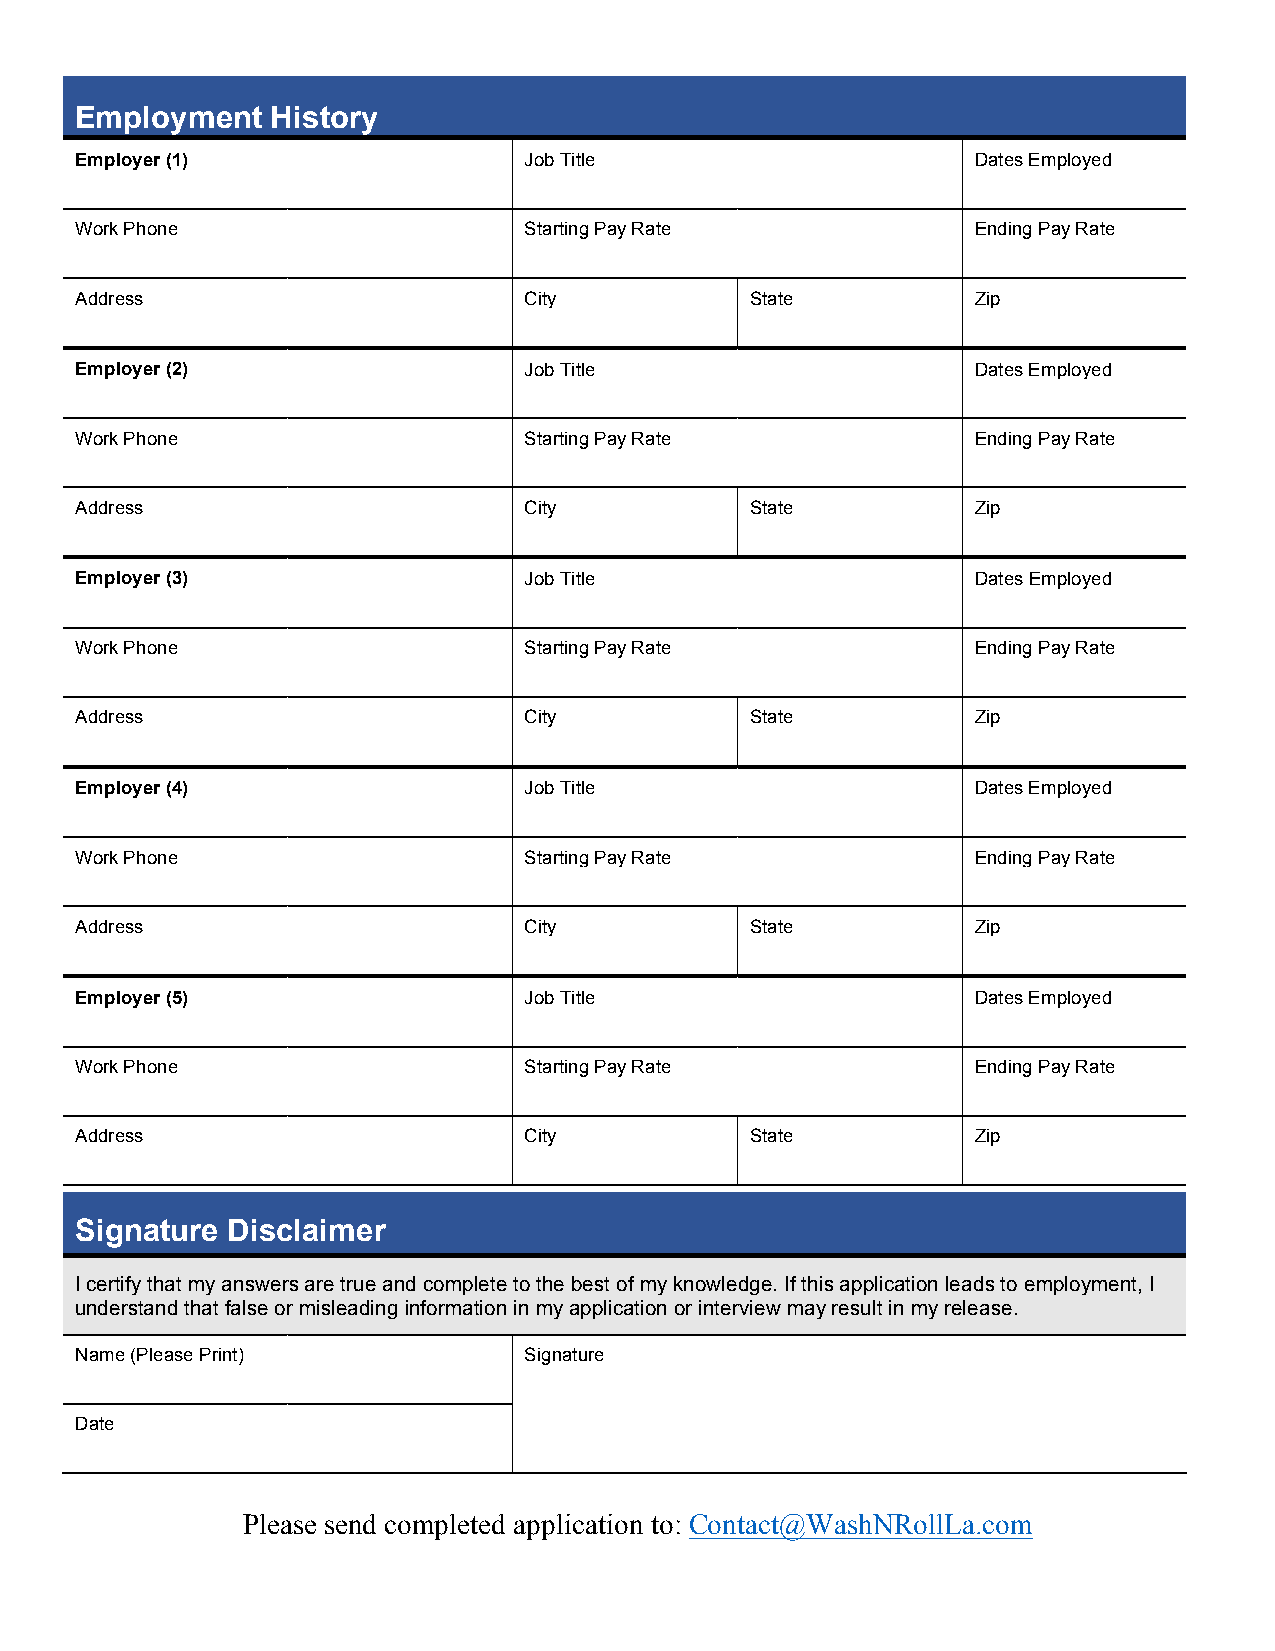
Employment   History
 Employer (1)                  Job Title                     Dates Employed
 Work Phone                    Starting Pay Rate             Ending Pay Rate
 Address                       City           State          Zip
 Employer (2)                  Job Title                     Dates Employed
 Work Phone                    Starting Pay Rate             Ending Pay Rate
 Address                       City           State          Zip
 Employer (3)                  Job Title                     Dates Employed
 Work Phone                    Starting Pay Rate             Ending Pay Rate
 Address                       City           State          Zip
 Employer (4)                  Job Title                     Dates Employed
 Work Phone                    Starting Pay Rate             Ending Pay Rate
 Address                       City           State          Zip
 Employer (5)                  Job Title                     Dates Employed
 Work Phone                    Starting Pay Rate             Ending Pay Rate
 Address                       City           State          Zip
 Signature Disclaimer
 I certify that my answers are true and complete to the best of my knowledge. If this application leads to employment, I
 understand that false or misleading information in my application or interview may result in my release.
 Name (Please Print)           Signature
 Date
 Please send completed application to: Contact@WashNRollLa.com